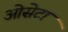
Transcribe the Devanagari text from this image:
ओसेटा